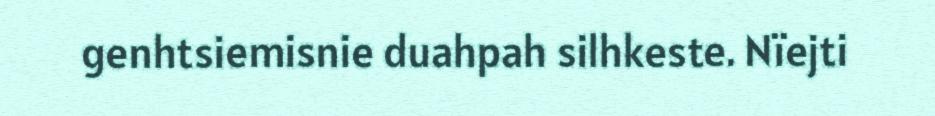
genhtsiemisnie duahpah silhkeste. Nïejti